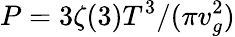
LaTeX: P=3\zeta(3)T^{3}/(\pi v_{g}^{2})